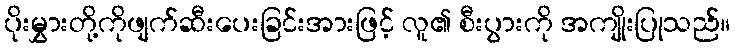
ပိုးမွှားတို့ကိုဖျက်ဆီးပေးခြင်းအားဖြင့် လူ၏ စီးပွားကို အကျိုးပြုသည်။